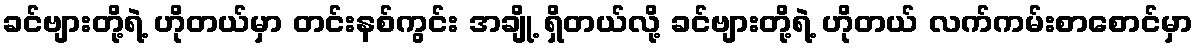
ခင်ဗျားတို့ရဲ့ ဟိုတယ်မှာ တင်းနစ်ကွင်း အချို့ ရှိတယ်လို့ ခင်ဗျားတို့ရဲ့ ဟိုတယ် လက်ကမ်းစာစောင်မှာ